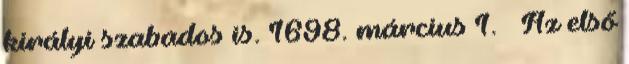
királyi szabados is. 1698. március 1. – Az első